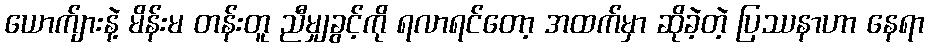
ယောက်ျားနဲ့ မိန်းမ တန်းတူ ညီမျှခွင့်ကို ရလာရင်တော့ အထက်မှာ ဆိုခဲ့တဲ့ ပြဿနာဟာ နေရာ